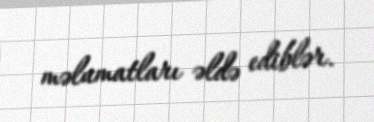
məlumatları əldə ediblər.